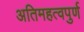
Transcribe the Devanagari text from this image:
अतिमहत्‍वपुर्ण